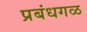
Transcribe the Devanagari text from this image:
प्रबंधगळ